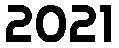
2021